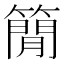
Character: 𥳑